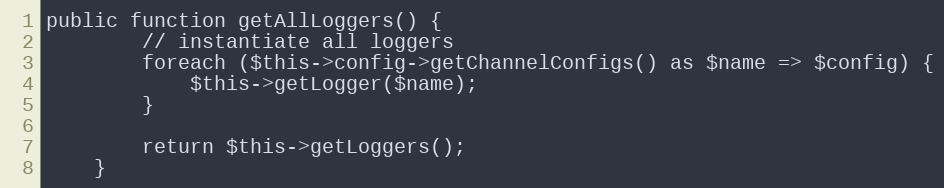
Language: PHP
public function getAllLoggers() {
        // instantiate all loggers
        foreach ($this->config->getChannelConfigs() as $name => $config) {
            $this->getLogger($name);
        }

        return $this->getLoggers();
    }